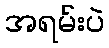
အရမ်းပဲ